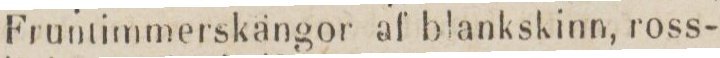
Fruntimmerskängor af blankskinn, ross-